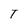
Character: T